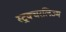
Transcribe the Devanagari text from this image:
स्ट्रक्चरलिज्म